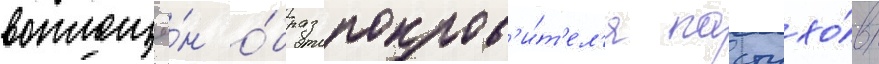
воплощё́н о́браз покров'и́т'ел'я пастухо́в